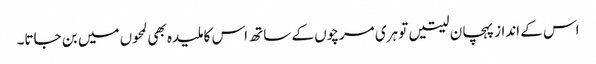
اس کے انداز پہچان لیتیں تو ہری مرچوں کے ساتھ اس کا ملیدہ بھی لمحوں میں بن جاتا۔